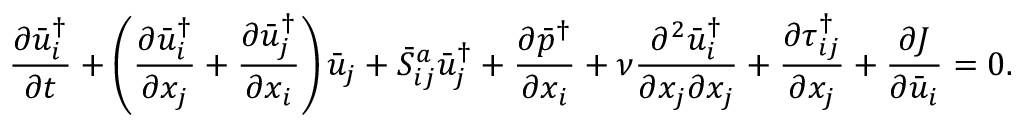
\frac { { \partial \bar { u } _ { i } ^ { \dag } } } { { \partial t } } + \left( { \frac { { \partial \bar { u } _ { i } ^ { \dag } } } { { \partial { x _ { j } } } } + \frac { { \partial \bar { u } _ { j } ^ { \dag } } } { { \partial { x _ { i } } } } } \right) { { \bar { u } } _ { j } } + \bar { S } _ { i j } ^ { a } \bar { u } _ { j } ^ { \dag } + \frac { { \partial { { \bar { p } } ^ { \dag } } } } { { \partial { x _ { i } } } } + \nu \frac { { { \partial ^ { 2 } } \bar { u } _ { i } ^ { \dag } } } { { \partial { x _ { j } } \partial { x _ { j } } } } + \frac { { \partial \tau _ { i j } ^ { \dag } } } { { \partial { x _ { j } } } } + \frac { { \partial J } } { { \partial { { \bar { u } } _ { i } } } } = 0 .